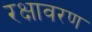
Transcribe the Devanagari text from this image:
रक्षावरण